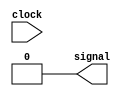
//pulse module, instead of using it inside the file.
module pulse ( signal, clock );
input clock;
output signal;
reg
 signal;
always @ ( clock )
begin
signal = 1'b1;
#3 signal = 1'b0;
#3 signal = 1'b1;
#3 signal = 1'b0;
end
endmodule // pulse